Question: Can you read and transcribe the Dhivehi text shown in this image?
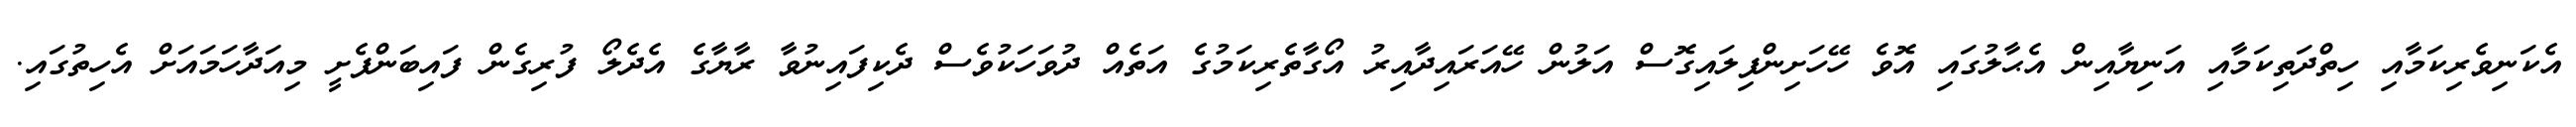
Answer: އެކަނިވެރިކަމާއި ހިތްދަތިކަމާއި އަނިޔާއިން އެޙާލުގައި އޮވެ ހޭހަށިންފިލައިގޮސް އަލުން ހޭއަރައިދާއިރު އޯގާތެރިކަމުގެ އަތެއް ދުވަހަކުވެސް ދެކިފައިނުވާ ރާޔާގެ އެދެލޯ ފުރިގެން ފައިބަންފެށީ މިއަދާހަމައަށް އެހިތުގައި.